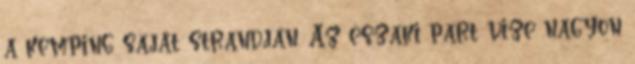
a kemping saját strandján. Az északi part vize nagyon